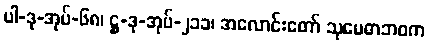
ပါ-ဒု-အုပ်-၆၈၊ ဋ္ဌ-ဒု-အုပ်-၂၁၁၊ အလောင်းတော် သုမေဓာဘဝက